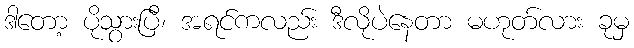
ဒါတော့ ပိုသွားပြီ၊ အရင်ကလည်း ဒီလိုပဲနေတာ မဟုတ်လား ခုမှ